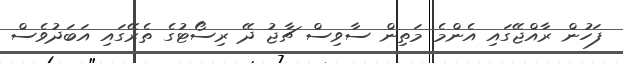
ފަހުން ރާއްޖޭގައި އެންމެ މަތިން ސާވިސް ޗާޖު ދޭ ރިސޯޓުގެ ތެރޭގައި އަބަދުވެސް